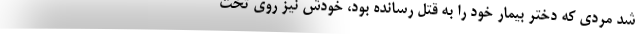
شد مردی که دختر بیمار خود را به قتل رسانده بود، خودش نیز روی تخت